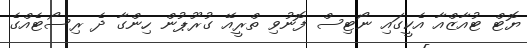
ޔޮޓް ޓުއާޒްއާ އެކީގައި ނޯޓިސް ފޮނުވި ތްރީއޭ ގުރޫޕުން ހިންގާ ދެ ރިސޯޓެއްގެ